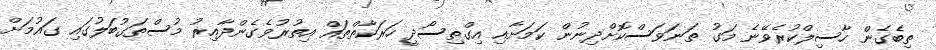
ތިބެގެން ހާސިލްކުރެވޭނެ މަގު ތަނަވަސްކޮށްދިނުން ކަމަށާއި އިގްތިސޯދީ ހަރަކާތްތައް އިތުރުވެގެންދާއިރު މުސްތަގުބަލުގައި ގައުމަށް